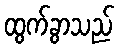
ထွက်ခွာသည်